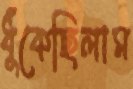
ধুঁকেছিলাম